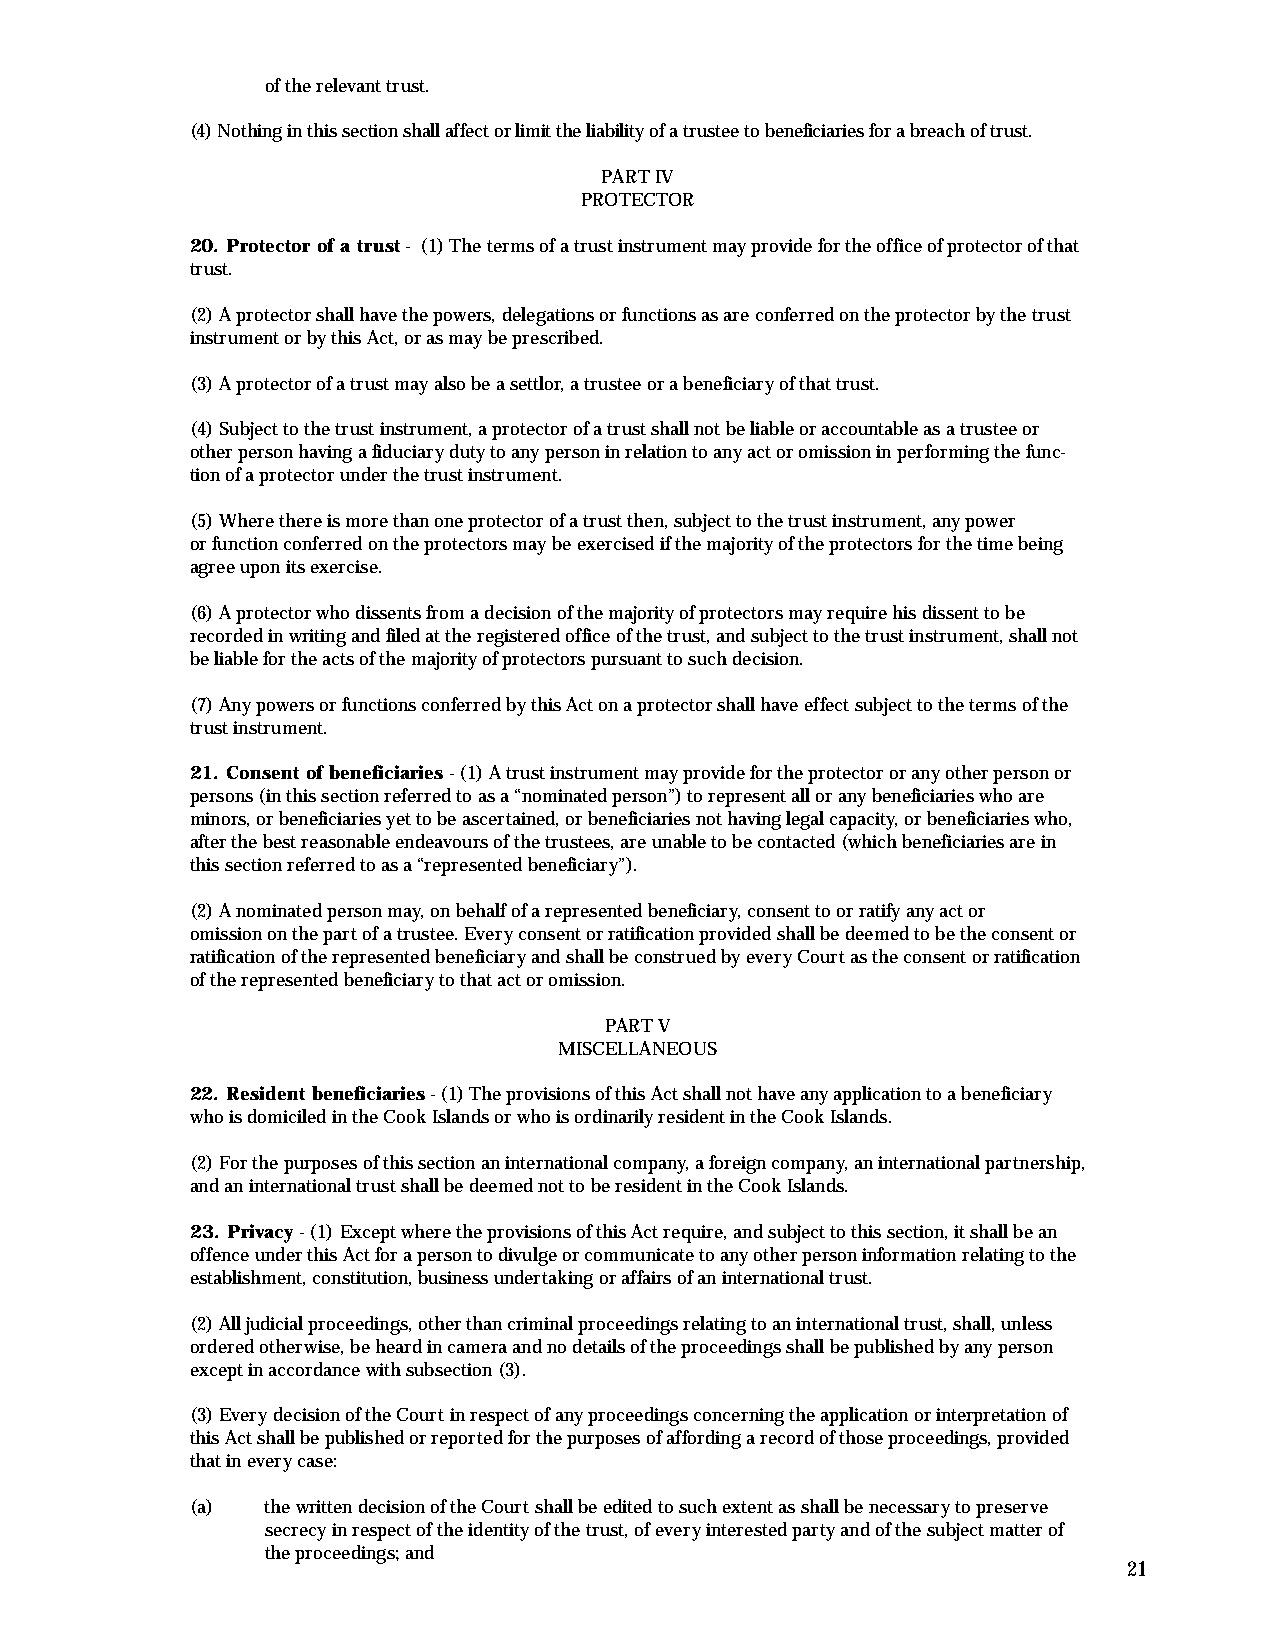
of the relevant trust.
 (4) Nothing in this section shall affect or limit the liability of a trustee to beneficiaries for a breach of trust.
 PART IV
 PROTECTOR
 20. Protector of a trust- (1) The terms of a trust instrument may provide for the office of protector of that
 trust.
 (2) A protector shall have the powers, delegations or functions as are conferred on the protector by the trust
 instrument or by this Act, or as may be prescribed.
 (3) A protector of a trust may also be a settlor, a trustee or a beneficiary of that trust.
 (4) Subject to the trust instrument, a protector of a trust shall not be liable or accountable as a trustee or
 other person having a fiduciary duty to any person in relation to any act or omission in performing the func-
 tion of a protector under the trust instrument.
 (5) Where there is more than one protector of a trust then, subject to the trust instrument, any power
 or function conferred on the protectors may be exercised if the majority of the protectors for the time being
 agree upon its exercise.
 (6) A protector who dissents from a decision of the majority of protectors may require his dissent to be
 recorded in writing and filed at the registered office of the trust, and subject to the trust instrument, shall not
 be liable for the acts of the majority of protectors pursuant to such decision.
 (7) Any powers or functions conferred by this Act on a protector shall have effect subject to the terms of the
 trust instrument.
 21. Consent of beneficiaries - (1) A trust instrument may provide for the protector or any other person or
 persons (in this section referred to as a “nominated person”) to represent all or any beneficiaries who are
 minors, or beneficiaries yet to be ascertained, or beneficiaries not having legal capacity, or beneficiaries who,
 after the best reasonable endeavours of the trustees, are unable to be contacted (which beneficiaries are in
 this section referred to as a “represented beneficiary”).
 (2) A nominated person may, on behalf of a represented beneficiary, consent to or ratify any act or
 omission on the part of a trustee. Every consent or ratification provided shall be deemed to be the consent or
 ratification of the represented beneficiary and shall be construed by every Court as the consent or ratification
 of the represented beneficiary to that act or omission.
 PART V
 MISCELLANEOUS
 22. Resident beneficiaries- (1) The provisions of this Act shall not have any application to a beneficiary
 who is domiciled in the Cook Islands or who is ordinarily resident in the Cook Islands.
 (2) For the purposes of this section an international company, a foreign company, an international partnership,
 and an international trust shall be deemed not to be resident in the Cook Islands.
 23. Privacy - (1) Except where the provisions of this Act require, and subject to this section, it shall be an
 offence under this Act for a person to divulge or communicate to any other person information relating to the
 establishment, constitution, business undertaking or affairs of an international trust.
 (2) All judicial proceedings, other than criminal proceedings relating to an international trust, shall, unless
 ordered otherwise, be heard in camera and no details of the proceedings shall be published by any person
 except in accordance with subsection (3).
 (3) Every decision of the Court in respect of any proceedings concerning the application or interpretation of
 this Act shall be published or reported for the purposes of affording a record of those proceedings, provided
 that in every case:
 (a)  the written decision of the Court shall be edited to such extent as shall be necessary to preserve
 secrecy in respect of the identity of the trust, of every interested party and of the subject matter of
 the proceedings; and
 21